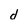
Character: d